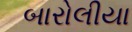
બારોલીયા